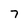
Character: 7